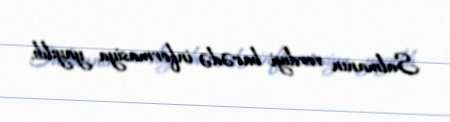
Salmanın verdiyi barədə informasiya yayılıb.